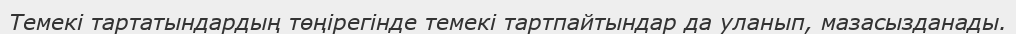
Темекі тартатындардың төңірегінде темекі тартпайтындар да уланып, мазасызданады.